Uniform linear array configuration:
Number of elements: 16
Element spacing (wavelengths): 0.5
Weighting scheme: hann
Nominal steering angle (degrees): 0
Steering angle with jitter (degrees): -0.3618
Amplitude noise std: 0.05
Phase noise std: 0.05

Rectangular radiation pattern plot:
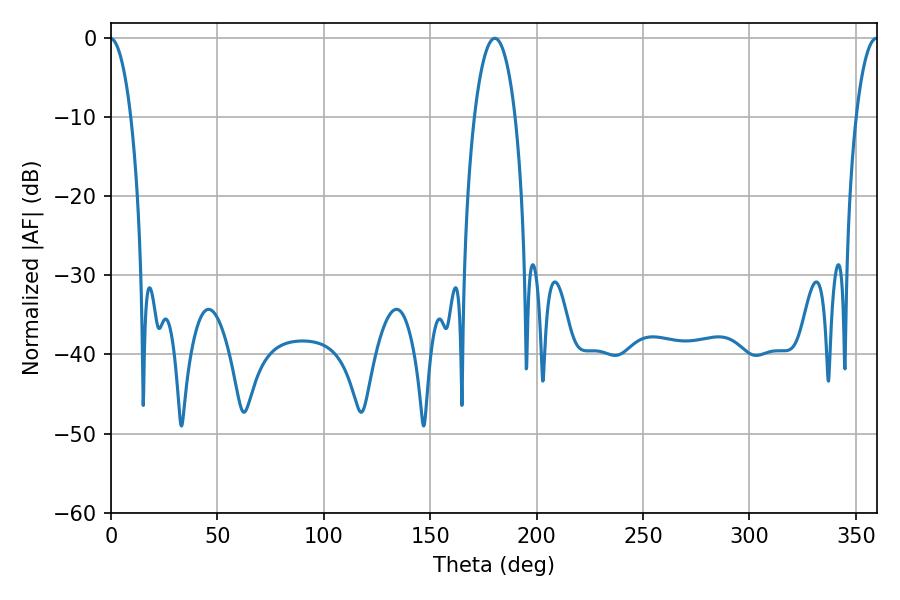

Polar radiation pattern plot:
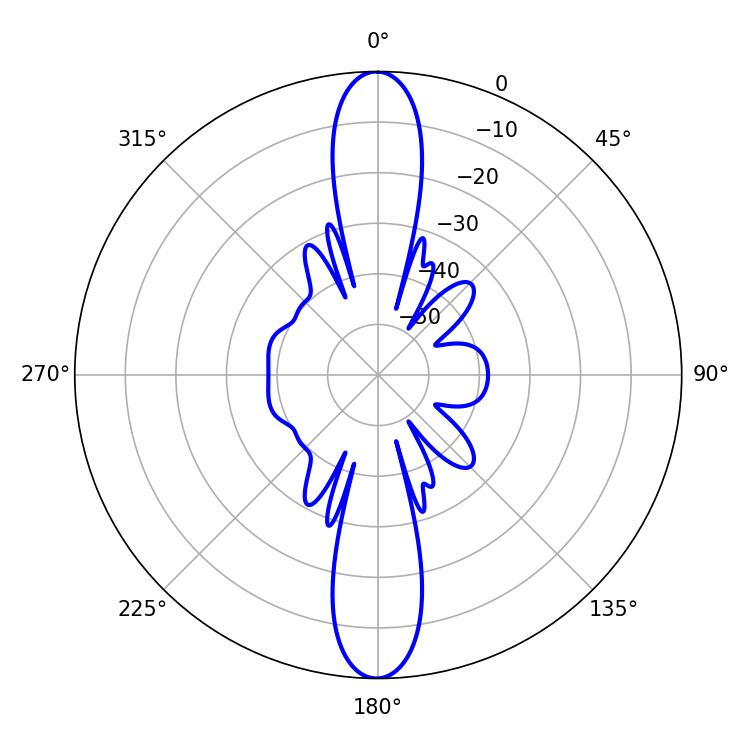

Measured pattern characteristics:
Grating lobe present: FALSE
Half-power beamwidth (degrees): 10.8
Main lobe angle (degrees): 180.36